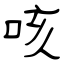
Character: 咳